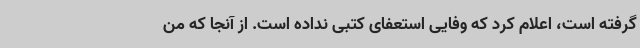
گرفته است، اعلام کرد که وفایی استعفای کتبی نداده است. از آنجا که من